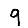
Digit: 9